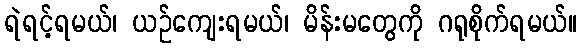
ရဲရင့်ရမယ်၊ ယဉ်ကျေးရမယ်၊ မိန်းမတွေကို ဂရုစိုက်ရမယ်။